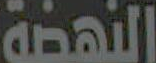
النهضة